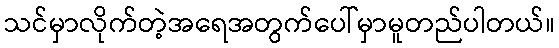
သင်မှာလိုက်တဲ့အရေအတွက်ပေါ်မှာမူတည်ပါတယ်။